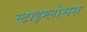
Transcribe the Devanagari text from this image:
स्टाइग्लोसस